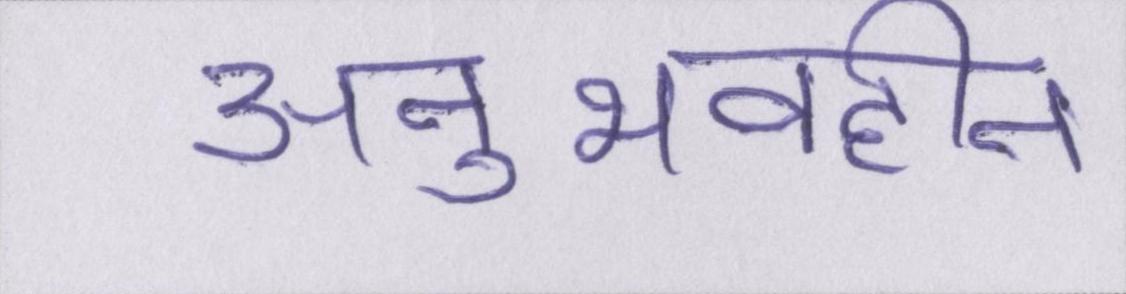
अनुभवहीन